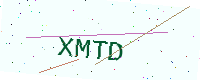
Text: XMTD